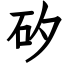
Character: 矽